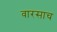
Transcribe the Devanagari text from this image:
वारसाच